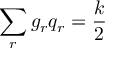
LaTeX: \sum _ { r } g _ { r } q _ { r } = \frac { k } { 2 }